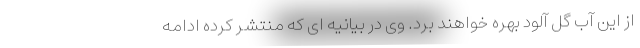
از این آب گل آلود بهره خواهند برد. وی در بیانیه ای که منتشر کرده ادامه